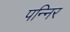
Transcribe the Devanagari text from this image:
पन्निर